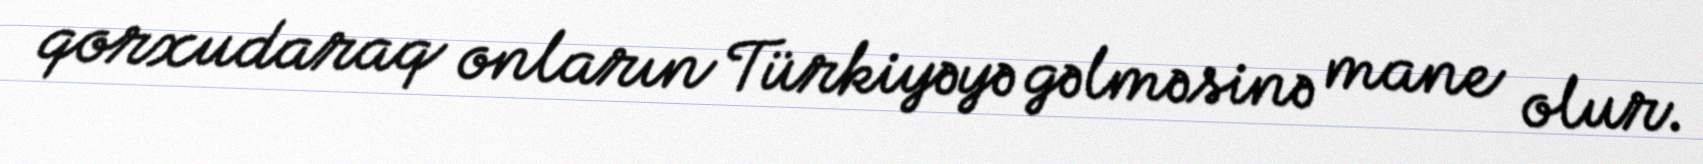
qorxudaraq onların Türkiyəyə gəlməsinə mane olur.